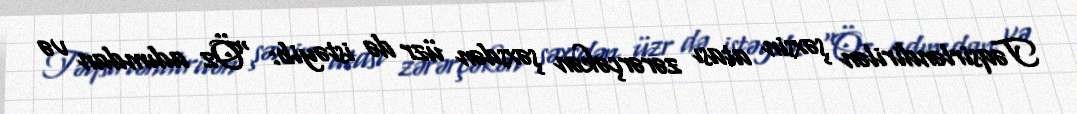
Təqsirləndirilən şəxsin atası zərərçəkən şəxsdən üzr də istəyib: “Öz adımdan və